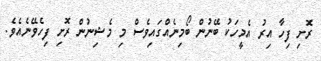
ރޮށި ފިހާ އިރު އެމީހަކު ބޭނުން ބޯމިނެއްގައިވެސް މި މެޝިނުން ރޮށި ފިހެވޭނެއެވެ.